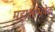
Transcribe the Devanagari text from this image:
महाअभिषेक